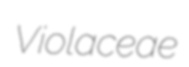
Violaceae